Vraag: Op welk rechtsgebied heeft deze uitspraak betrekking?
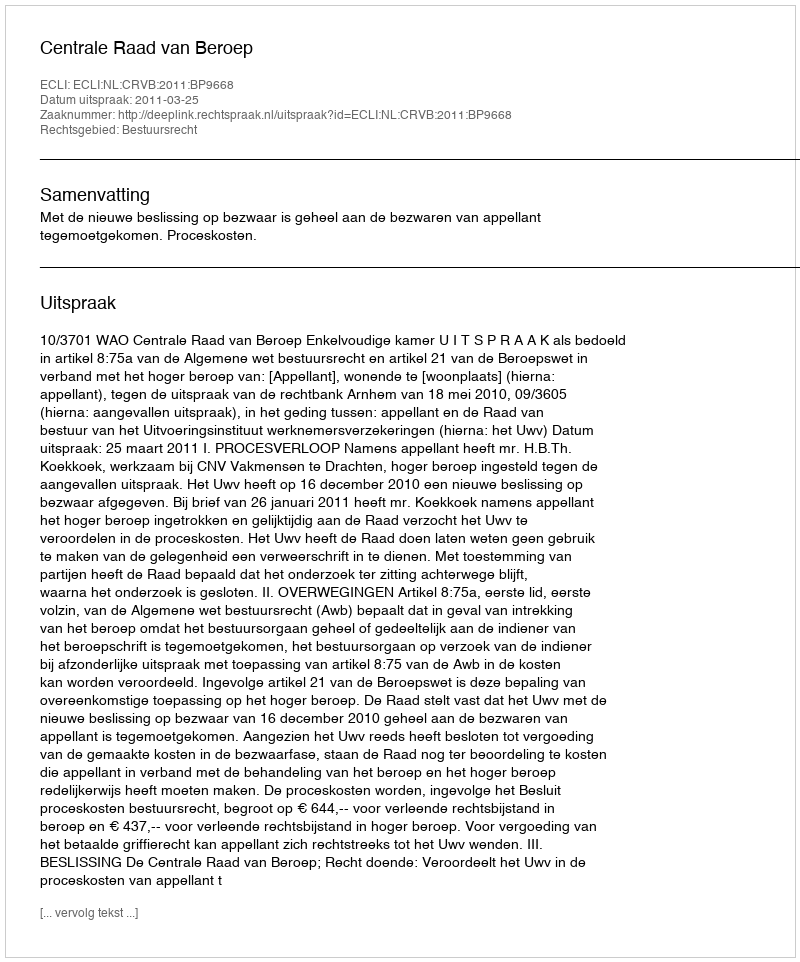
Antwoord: Bestuursrecht